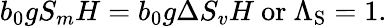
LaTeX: b_{0}gS_{m}H=b_{0}g\Delta S_{v}H\ \mathrm{{or}\ \Lambda_{S}=1.}